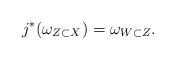
LaTeX: \begin{align*}j^\ast(\omega_{Z\subset X})=\omega_{W\subset Z}.\end{align*}